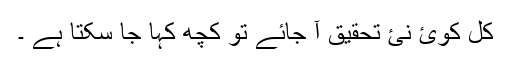
کل کوئ نئ تحقیق آ جائے تو کچھ کہا جا سکتا ہے ۔